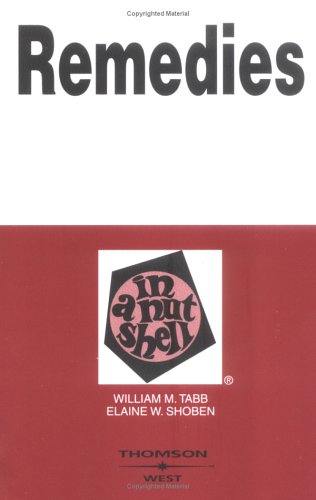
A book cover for Remedies in a Nutshell (In a Nutshell (West Publishing)); William Murray Tabb; Law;